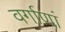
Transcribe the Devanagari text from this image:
वर्गाणां